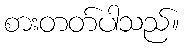
စားတတ်ပါသည်။